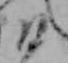
ひ